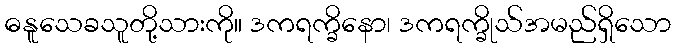
ဓနူသေခသူတို့သားကို။ ဒကရက္ခိနော၊ ဒကရက္ခိုသ်အမည်ရှိသော